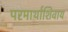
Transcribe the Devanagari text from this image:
परमार्थाशिवाय